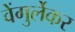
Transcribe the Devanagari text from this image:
वेंगुर्लेकर